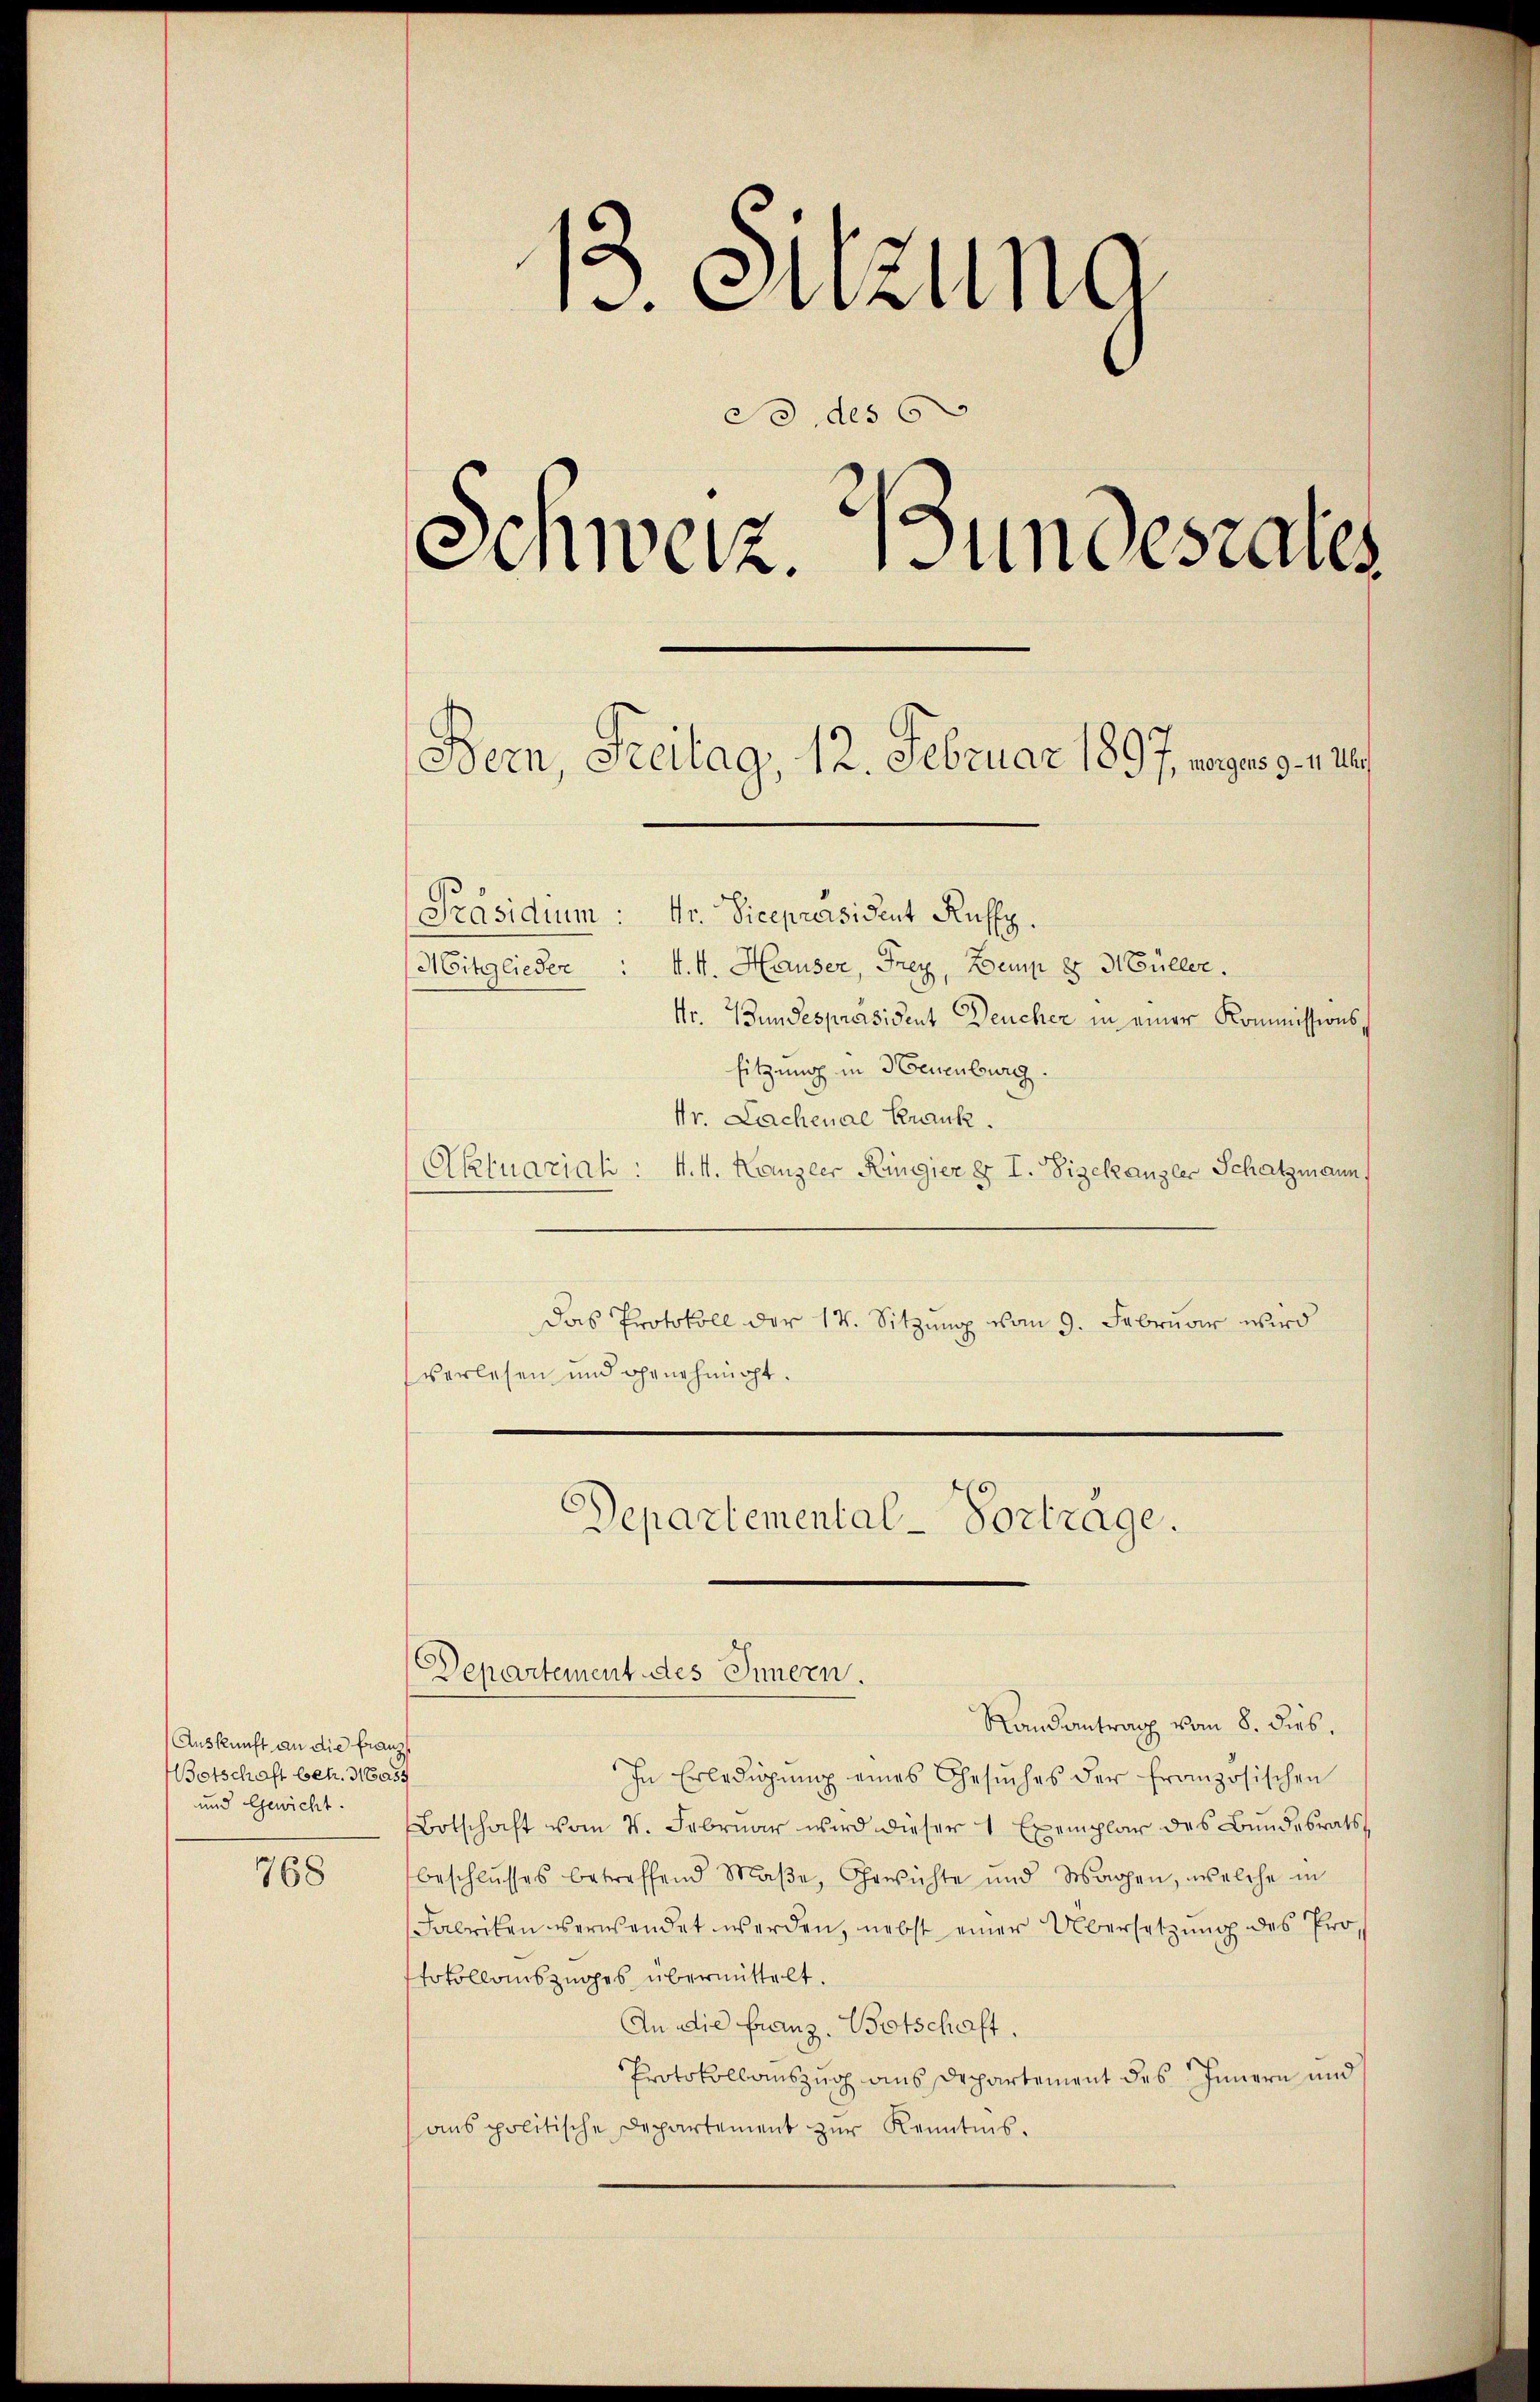
768

13. Sitzung
do des 6
Schweiz. Bundesrates

Auskunft an die franz
Botschaft betr. 31655
und Gewicht.

Bern, Freitag, 12. Februar 1897, verges 3. na
[Präsidium: Hr. Vicepräsident Ruffz.

Mitglieder: d. M. Hauser, Frey, Bemp & 3. Güller.
Ur. Bundespräsident Deucher in einer Kommissionssitzung in Neuenburg.
Nr. Lachenae Krank.
Aktuarial: 4. M. Kanzler Ringier § I. Vizekanzler Schatzmann,
Das Protokoll der 14. Sitzung vom 9. Februar wird
verlesen und ohrnehmigt.
Departemental-Vortrage.
Departement des Innern.
Randantrag vom 8. dies.
In Erledigŭng eines Gesŭches der französischen
Botschaft vom 7. Februar wird dieser 1 Exemplar des Bundesrats
beschlŭsses betreffend Maβe, Gewichte und Wagen, welche in
Fabriken verwendet werden, nebst einer Übersetzung des Protokollauszuges übermittelt.
An die Franz. Botschaft.
Protokollauszug aus Departement des Innern und
ans politische Departement zur Kenntnis.